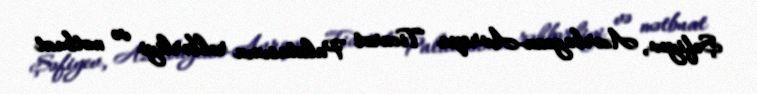
Şəfiyev, Azərbaycan-Avropa Ticarət Palatasının rəhbərliyi və mətbuat